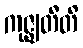
ကုဇ္ဈတီတိ